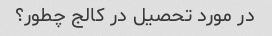
در مورد تحصیل در کالج چطور؟